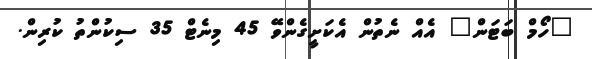
"ހޯމް ބަޓަން" އެއް ނެތުން އެކަށީގެންވޭ 45 މިނެޓް 35 ސިކުންތު ކުރިން.